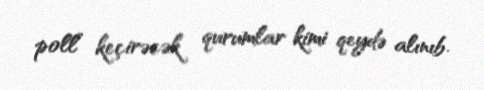
poll” keçirəcək qurumlar kimi qeydə alınıb.